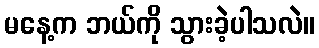
မနေ့က ဘယ်ကို သွားခဲ့ပါသလဲ။